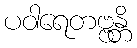
ပဝါရေတဗ္ဗန္တိ